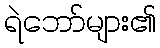
ရဲဘော်များ၏